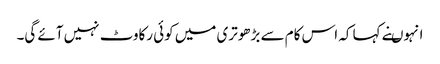
انہوںنے کہا کہ اس کام سے بڑھوتری میں کوئی رکاوٹ نہیں آئے گی۔